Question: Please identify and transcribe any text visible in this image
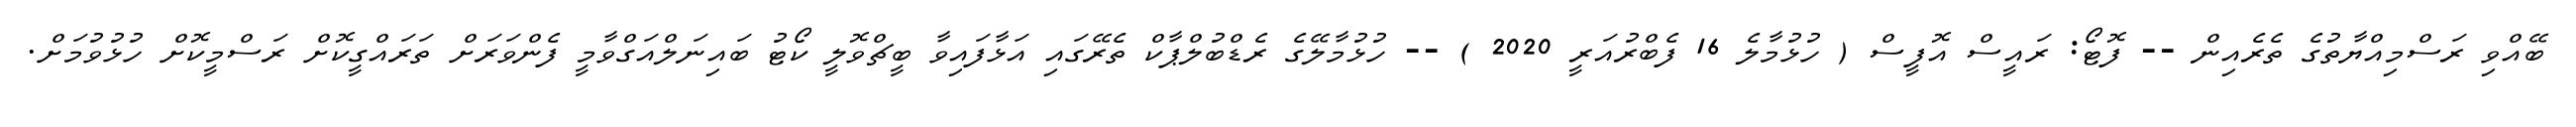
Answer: ބޭއްވި ރަސްމިއްޔާތުގެ ތެރެއިން -- ފޮޓޯ: ރައީސް އޮފީސް ( ހުޅުމާލެ 16 ފެބްރުއަރީ 2020 ) -- ހުޅުމާލޭގެ ރެޑްބުލްޕާކް ތެރޭގައި އަޅާފައިވާ ބީޗްވޮލީ ކޯޓު ބައިނަލްއަގްވާމީ ފެންވަރަށް ތަރައްގީކޮށް ރަސްމީކޮށް ހުޅުވުމަށް.